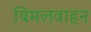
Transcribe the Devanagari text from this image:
विमलवाहन